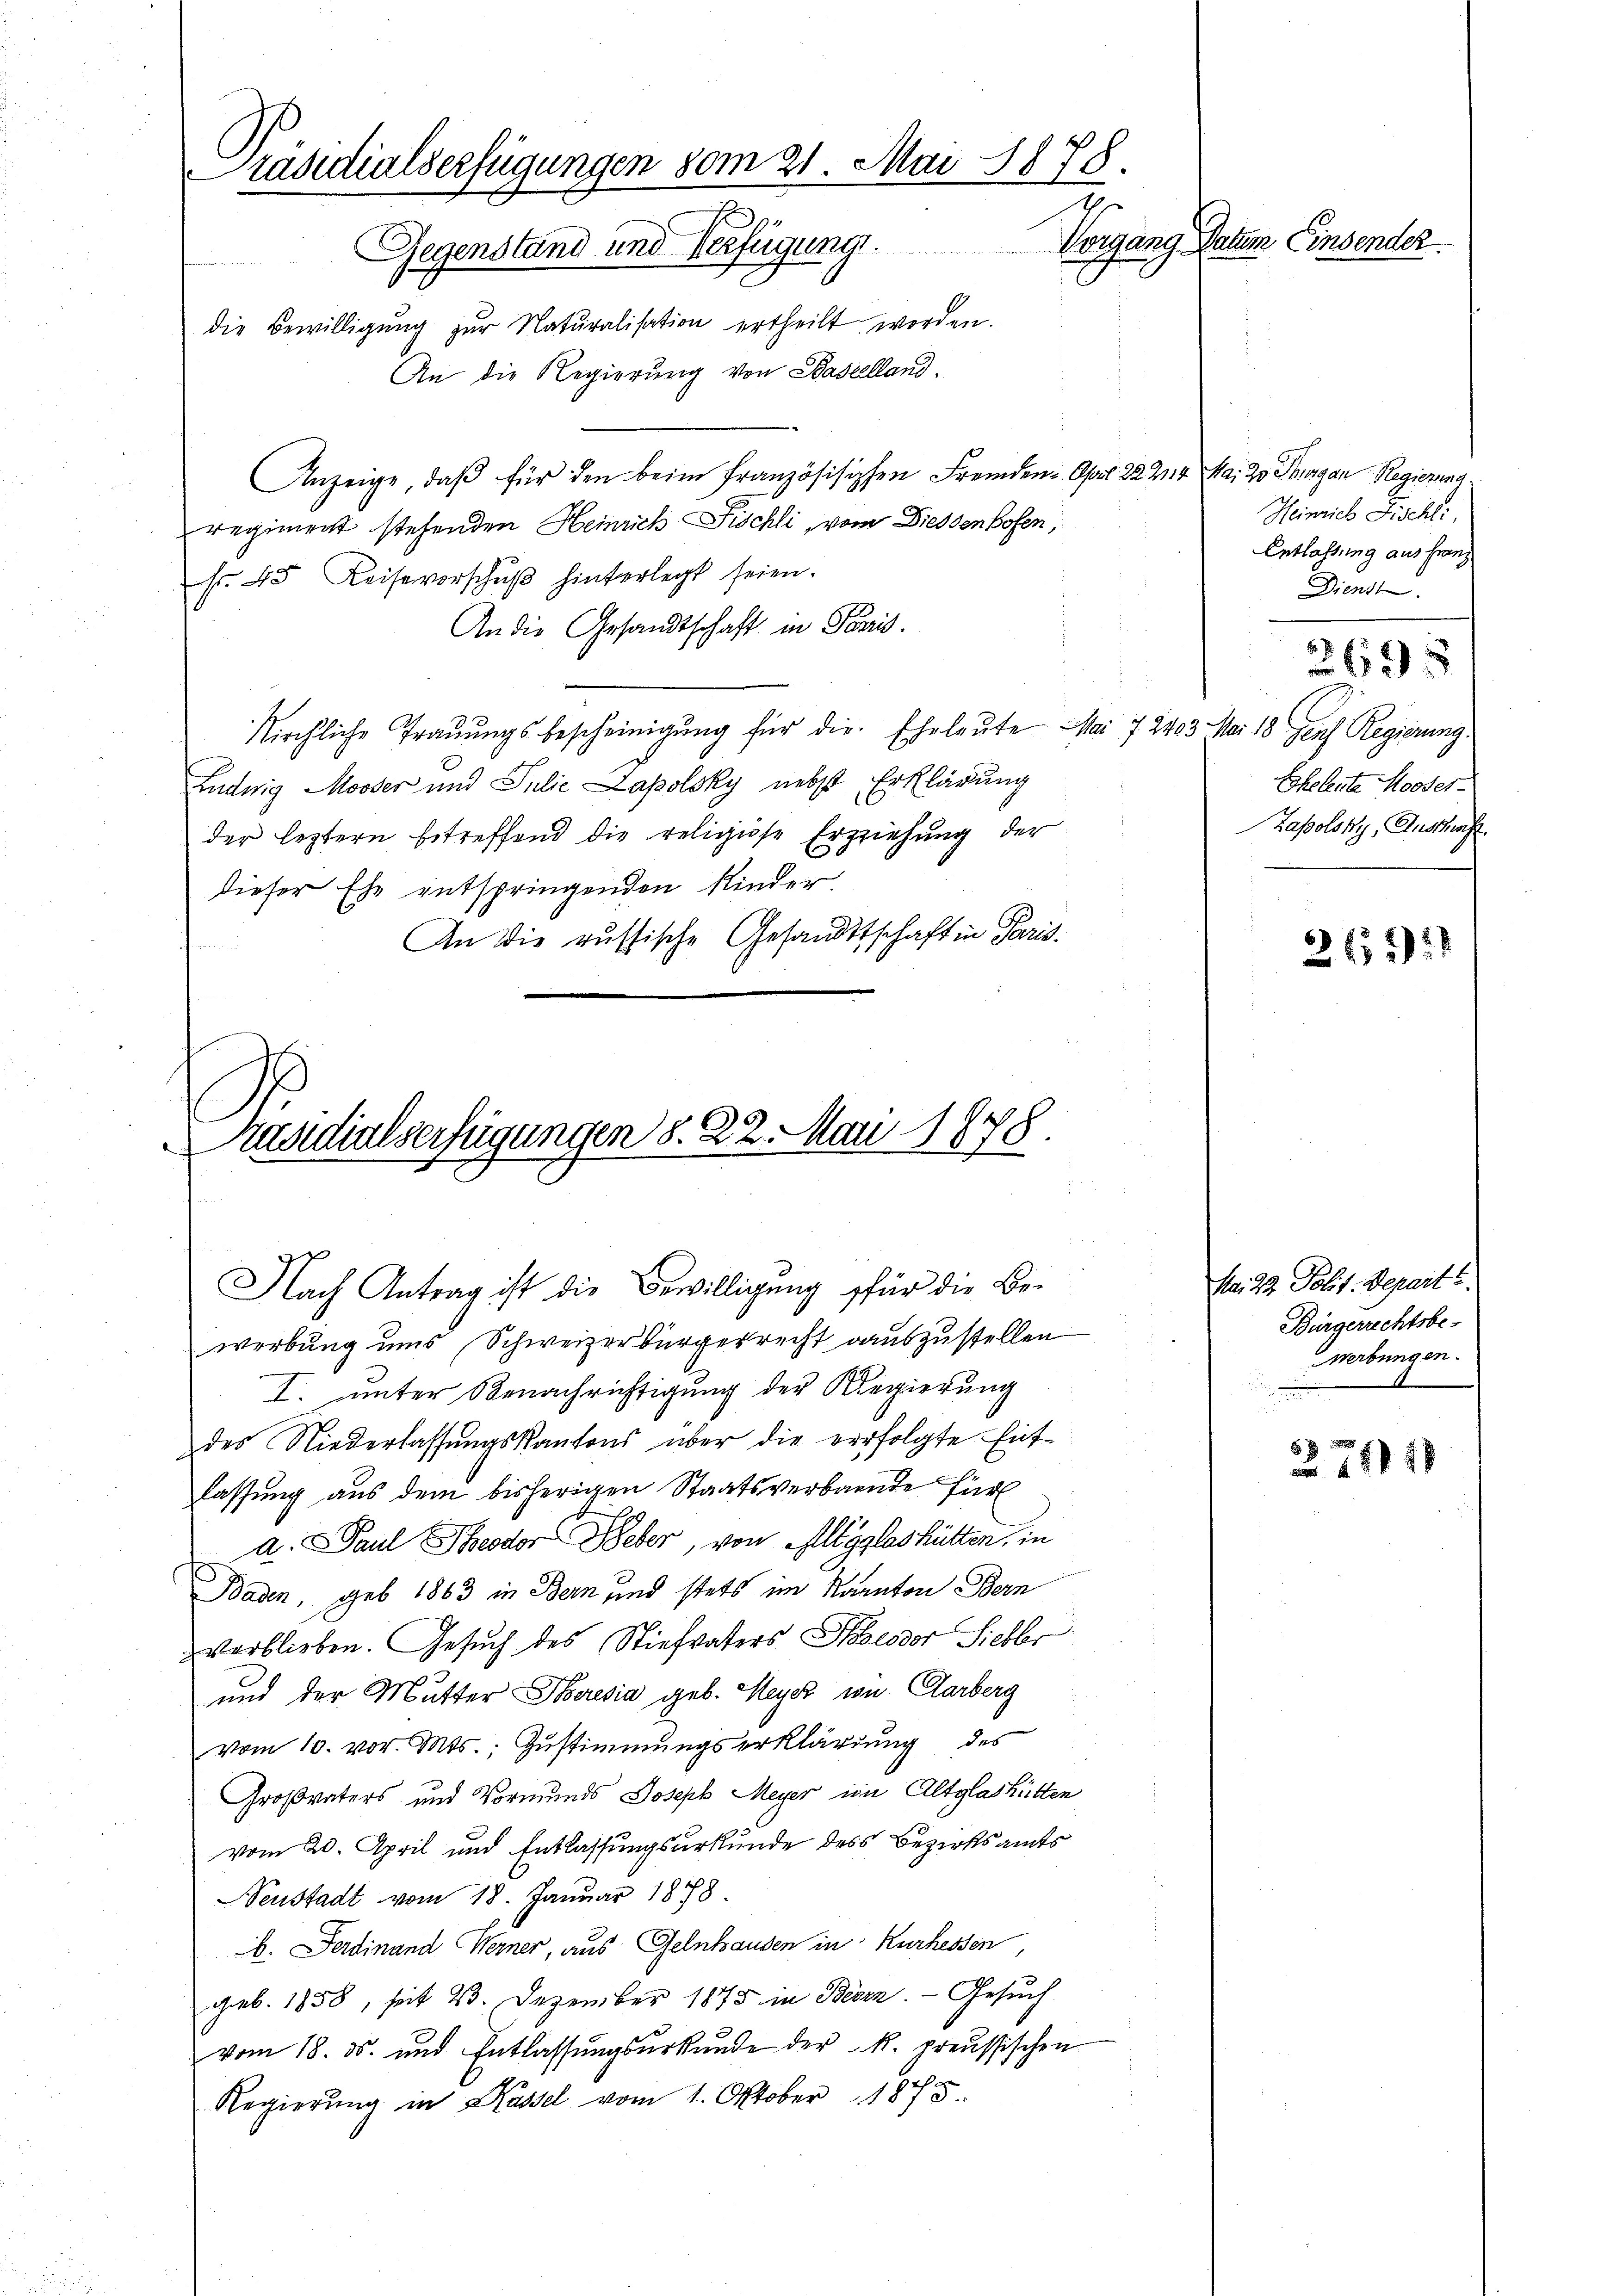
Präsidialserfügungen vom 21. Mai 1878.
Vorgang Datum Einsender.
Gegenstand und Verfügung.
die Bewilligŭng zŭr Naturalisation ertheilt werden.

An die Regierung von Baselland.
Anzeige, daß für den beim Französisipchen Fremden-Apol 22 2114 Mai 20. Thurgan Regierung
regiment stehenden Heinrich Fischli, vom Diessenhofen,
fr. 45 Reise vorschŭβ hinterlegt seien.
An die Gesandtschaft in Paris.
kirchliche Trauungsbescheinigung für die Eheleute Mai 7 2403. Mai 18. Gens Regierung
Ludwig Mooser und Julie Lapolsky nebst Erklärung
der leztern betreffend die religiose Erziehung der
dieser Ehe entspringenden Kinder.
An die russische Gesandtschaft in Paris.

Präsidialserfügungen d. 22. Mai 1878.
Nach Antrag ist die Bewilligung für die Be¬

werbung uns Schweizerbürgerrecht auszustellen
I. unter Benachrichtigung der Regierung
des Niederlassŭngskantons über die verfolgte Entlassung aus dem bisherigen Staatsverbande für
A. Paul Theodor Weber, von Allgglashütten, in
Baden, geb. 1863 in Bern und stets im Kanton Bern
verblieben. Gesuch des Stiefvaters Kessor Siebbr
und der Mutter Oberesia geb. Meyer von Aarberg
vom 10. vor. Mts., Zustimmungserklärung des
Großvaters und Vormunds Joseph Meyer im Altglashütten
vom 20. April und Entlassungsurkunde des Bezirksamts
Seustadt vom 18. Januar 1878.
b. Ferdinand Werner, aus Gelnhausen in Kurhessen,
geb. 1858, seit 23. Dezember 1875 in Bern. Gesuch
vom 18. ds. und Entlassŭngsŭrkŭnde der k. preussischen
Regierung in Kassel vom 1. Oktober 1875.

Heinrich Fischli
Entlastung aus Franz
Dienst
2695
Eheleute Morder-
Zapolsky, Anschaft

262)

Mai 22 Polit. Depart?
Bürgerrechtsbe-
werbungen.

2751 18